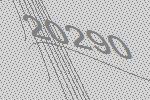
20290